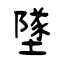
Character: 墜